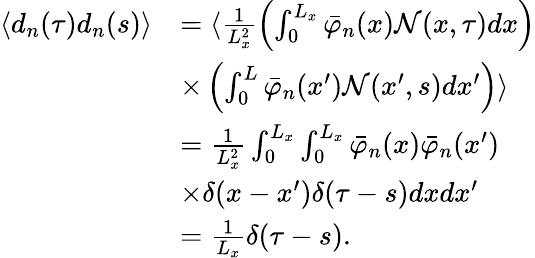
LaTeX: \begin{array}{rl}{\langle d_{n}(\tau)d_{n}(s)\rangle}&{=\langle\frac{1}{L_{x}^{2}}\left(\int_{0}^{L_{x}}\bar{\varphi}_{n}(x)\mathcal{N}(x,\tau)dx\right)}\\ &{\times\left(\int_{0}^{L}\bar{\varphi}_{n}(x^{\prime})\mathcal{N}(x^{\prime},s)dx^{\prime}\right)\rangle}\\ &{=\frac{1}{L_{x}^{2}}\int_{0}^{L_{x}}\int_{0}^{L_{x}}\bar{\varphi}_{n}(x)\bar{\varphi}_{n}(x^{\prime})}\\ &{\times\delta(x-x^{\prime})\delta(\tau-s)dxdx^{\prime}}\\ &{=\frac{1}{L_{x}}\delta(\tau-s).}\end{array}